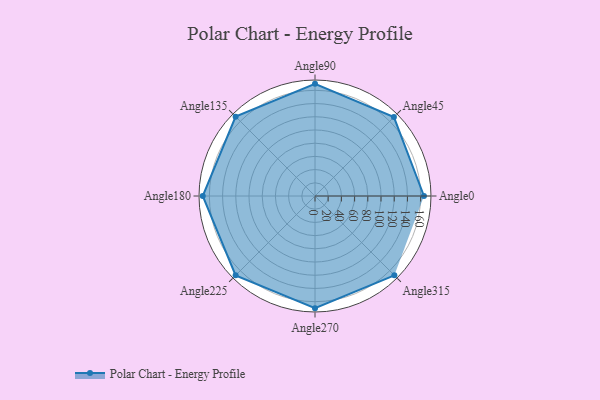
{"axis": {"x": "Angle", "y": "Radius"}, "legend": [""], "data": [{"x": "Angle0", "y": 165.0, "type": ""}, {"x": "Angle45", "y": 169.0, "type": ""}, {"x": "Angle90", "y": 170, "type": ""}, {"x": "Angle135", "y": 170, "type": ""}, {"x": "Angle180", "y": 170, "type": ""}, {"x": "Angle225", "y": 170, "type": ""}, {"x": "Angle270", "y": 170, "type": ""}, {"x": "Angle315", "y": 170, "type": ""}]}